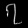
Digit: ၇